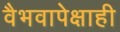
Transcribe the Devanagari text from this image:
वैभवापेक्षाही